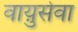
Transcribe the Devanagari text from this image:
वाय़ुसेवा